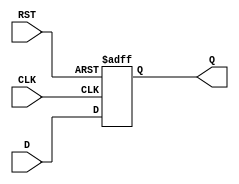
module stage_register #(
    parameter WIDTH = 8  // Parameter to define the width of the data input
)(
    input  wire [WIDTH-1:0] D,    // Data input
    input  wire CLK,               // Clock signal
    input  wire RST,               // Reset signal
    output reg  [WIDTH-1:0] Q      // Data output
);

// Synchronous process for the register
always @(posedge CLK or posedge RST) begin
    if (RST) begin
        Q <= {WIDTH{1'b0}}; // Reset the output to zero
    end else begin
        Q <= D; // Capture the input data on clock edge
    end
end

endmodule